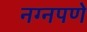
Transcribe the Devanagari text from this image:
नग्नपणे